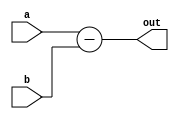
module subu(a,b,out);
input [31:0]a,b;
output reg [31:0]out;

always @* begin
out= a-b;
end

endmodule